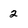
Character: 2